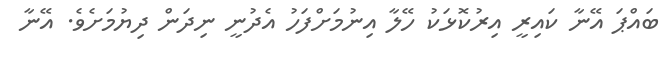
ބައްޕަ އޭނާ ކައިރީ އިރުކޮޅަކު ހޭލާ އިނުމަށްފަހު އެދުނީ ނިދަން ދިޔުމަށެވެ. އޭނާ